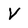
Character: V